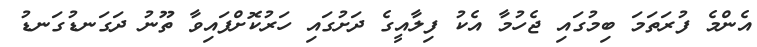
އެންމެ ފުރަތަމަ ބިމުގައި ޖެހުމާ އެކު ފިލާއީގެ ދަށުގައި ހަރުކޮށްފައިވާ ތޫނު ދަގަނޑުގަނޑު